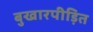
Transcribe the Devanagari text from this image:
बुखारपीड़ित